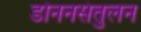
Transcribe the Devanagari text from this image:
डोननसंतुलन